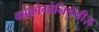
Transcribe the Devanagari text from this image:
कोकोगोनिऐलीज़